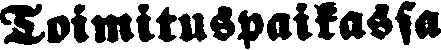
Toimituspaikassa